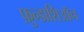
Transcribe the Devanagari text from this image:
फ़ुन्डाशिऑन